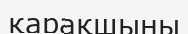
қарақшыны